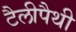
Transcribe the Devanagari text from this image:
टैलीपैथी